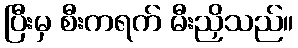
ပြီးမှ စီးကရက် မီးညှိသည်။